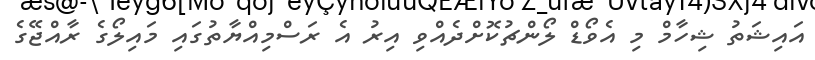
އައިޝަތު ޝިހާމް މި އެވޯޑް ލޯންޗުކޮށްދެއްވި އިރު އެ ރަސްމިއްޔާތުގައި މައިލޯގެ ރާއްޖޭގެ